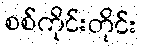
စစ်ကိုင်းတိုင်း